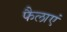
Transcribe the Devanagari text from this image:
फैलाएं